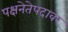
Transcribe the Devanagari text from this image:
पक्षनेतेपदावर